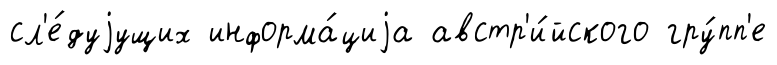
сл'е́дуjущих информа́циjа австр'и́йского гру́пп'е